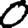
Digit: 0